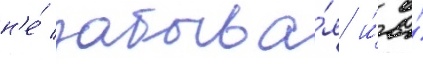
н'е́ забыва́я и́ о́